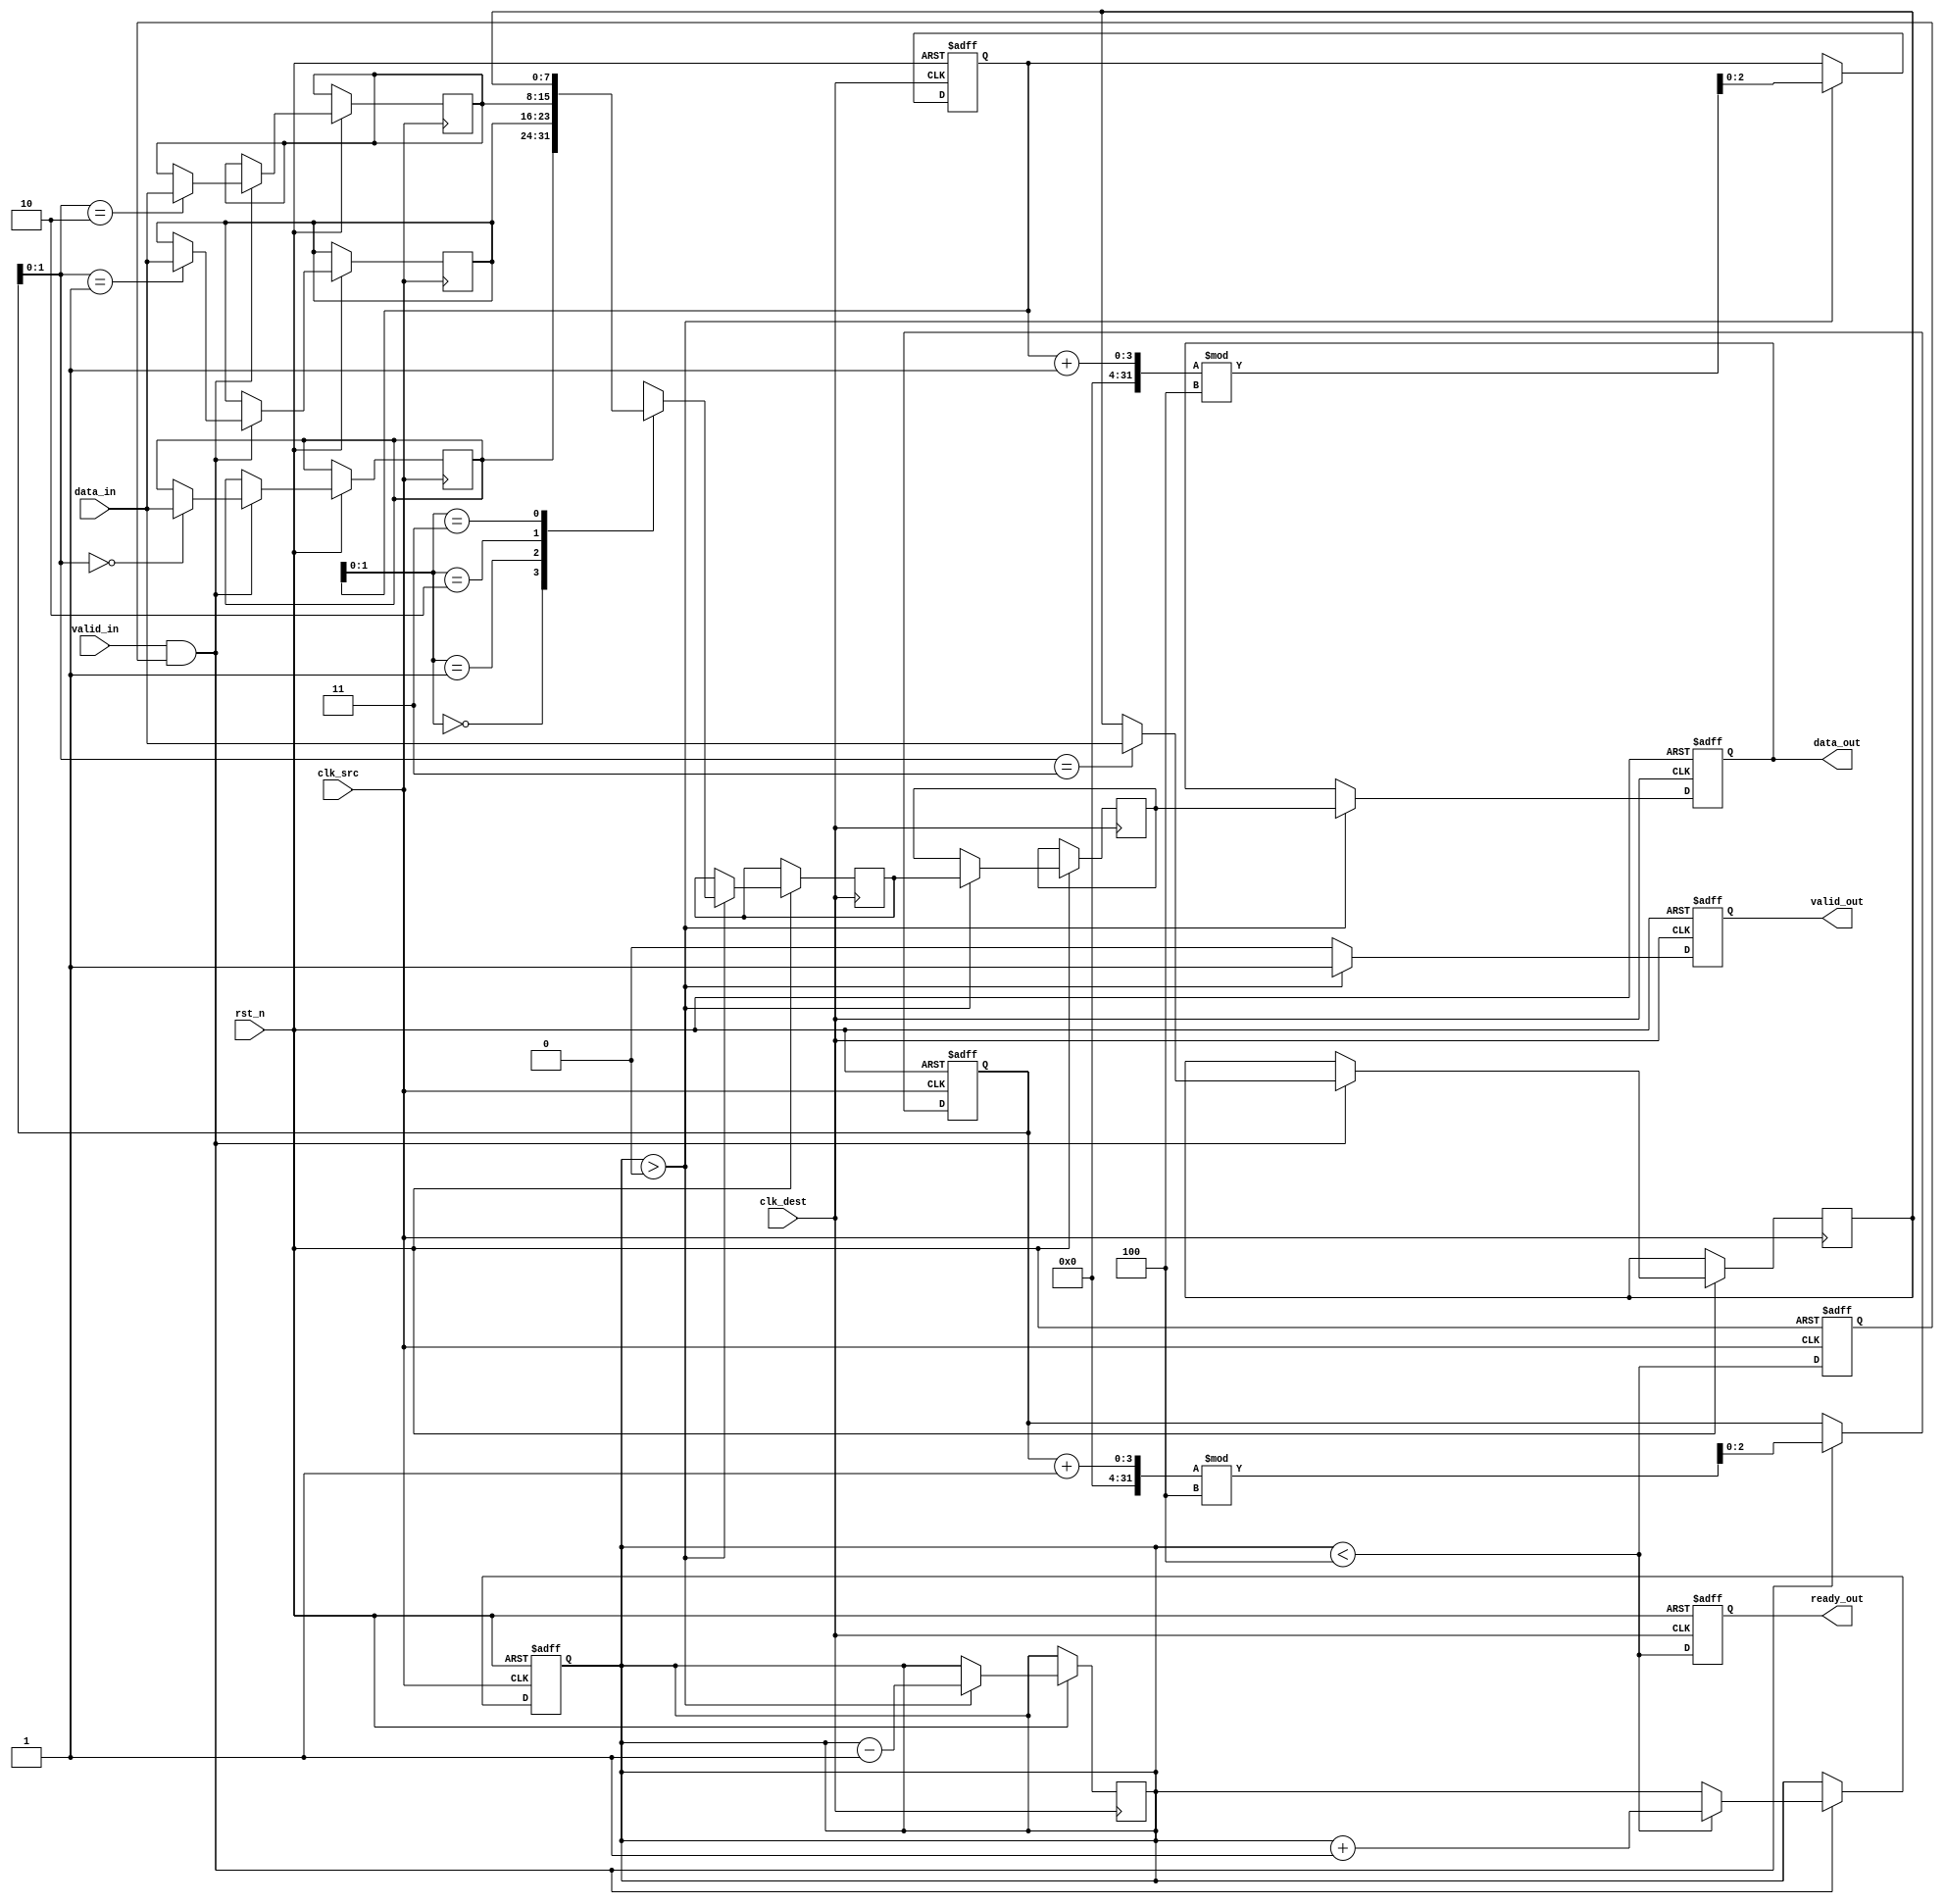
module MemoryBlocksPipelineSynchronizer #(
    parameter DATA_WIDTH = 8,      // Width of the data
    parameter FIFO_DEPTH = 4        // Depth of the FIFO buffer
)(
    input wire clk_src,             // Source clock
    input wire clk_dest,            // Destination clock
    input wire rst_n,               // Active low reset
    input wire [DATA_WIDTH-1:0] data_in, // Data input from source
    input wire valid_in,            // Valid signal for input data
    output reg [DATA_WIDTH-1:0] data_out, // Data output to destination
    output reg valid_out,           // Valid signal for output data
    output reg ready_out            // Ready signal for the receiver
);

    // FIFO buffer implementation
    reg [DATA_WIDTH-1:0] fifo [0:FIFO_DEPTH-1];
    reg [2:0] write_ptr = 0;        // Write pointer
    reg [2:0] read_ptr = 0;         // Read pointer
    reg [2:0] count = 0;            // Number of items in FIFO

    // Handshaking signals
    reg ready_in;

    // Asynchronous reset logic
    always @(posedge clk_src or negedge rst_n) begin
        if (!rst_n) begin
            write_ptr <= 0;
            count <= 0;
            ready_in <= 1; // Initially ready to accept data
        end else begin
            if (valid_in && ready_in) begin
                fifo[write_ptr] <= data_in; // Write data to FIFO
                write_ptr <= (write_ptr + 1) % FIFO_DEPTH;
                if (count < FIFO_DEPTH) begin
                    count <= count + 1;
                end
            end
            // Update ready signal based on FIFO status
            ready_in <= (count < FIFO_DEPTH);
        end
    end

    // Dual flip-flop synchronization
    reg [DATA_WIDTH-1:0] sync_ff1;
    reg [DATA_WIDTH-1:0] sync_ff2;

    always @(posedge clk_dest or negedge rst_n) begin
        if (!rst_n) begin
            data_out <= 0;
            valid_out <= 0;
            ready_out <= 1; // Initially ready to accept data
            read_ptr <= 0;
        end else begin
            // Read from FIFO if available
            if (count > 0) begin
                sync_ff1 <= fifo[read_ptr]; // First flip-flop
                sync_ff2 <= sync_ff1;       // Second flip-flop
                data_out <= sync_ff2;
                valid_out <= 1;             // Indicate valid output data
                read_ptr <= (read_ptr + 1) % FIFO_DEPTH;
                count <= count - 1;
            end else begin
                valid_out <= 0;             // No valid output data
            end
            // Update ready signal based on FIFO status
            ready_out <= (count < FIFO_DEPTH);
        end
    end

endmodule